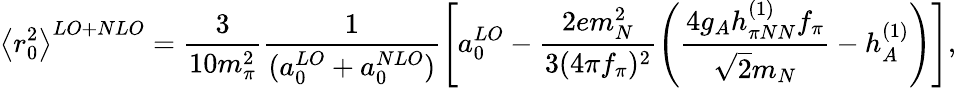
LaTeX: \left\langle r_{0}^{2}\right\rangle^{LO+NLO}=\frac{3}{10m_{\pi}^{2}}\frac{1}{(a_{0}^{LO}+{a}_{0}^{NLO})}\left[a_{0}^{LO}-\frac{2em_{N}^{2}}{3(4\pi f_{\pi})^{2}}\left(\frac{4g_{A}h_{\pi NN}^{(1)}f_{\pi}}{\sqrt{2}m_{N}}-h_{A}^{(1)}\right)\right],